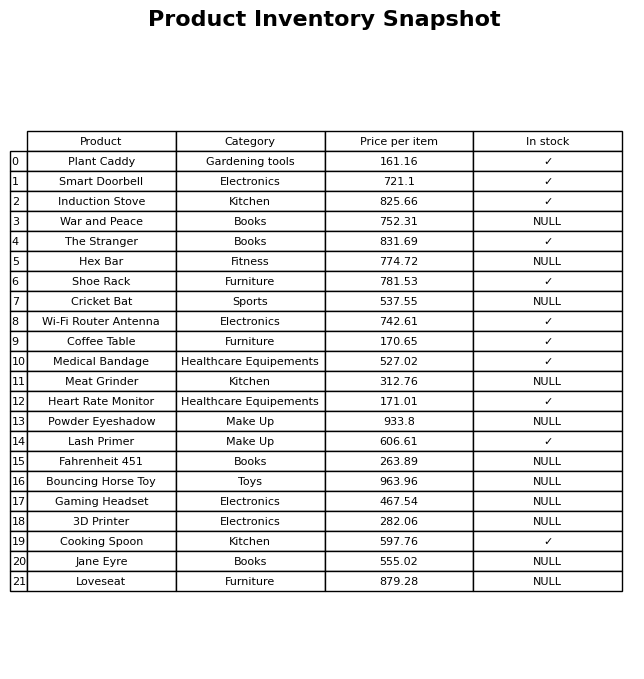
question: What is the price of the Fahrenheit 451?
answer: The price of Fahrenheit 451 is 263.89.